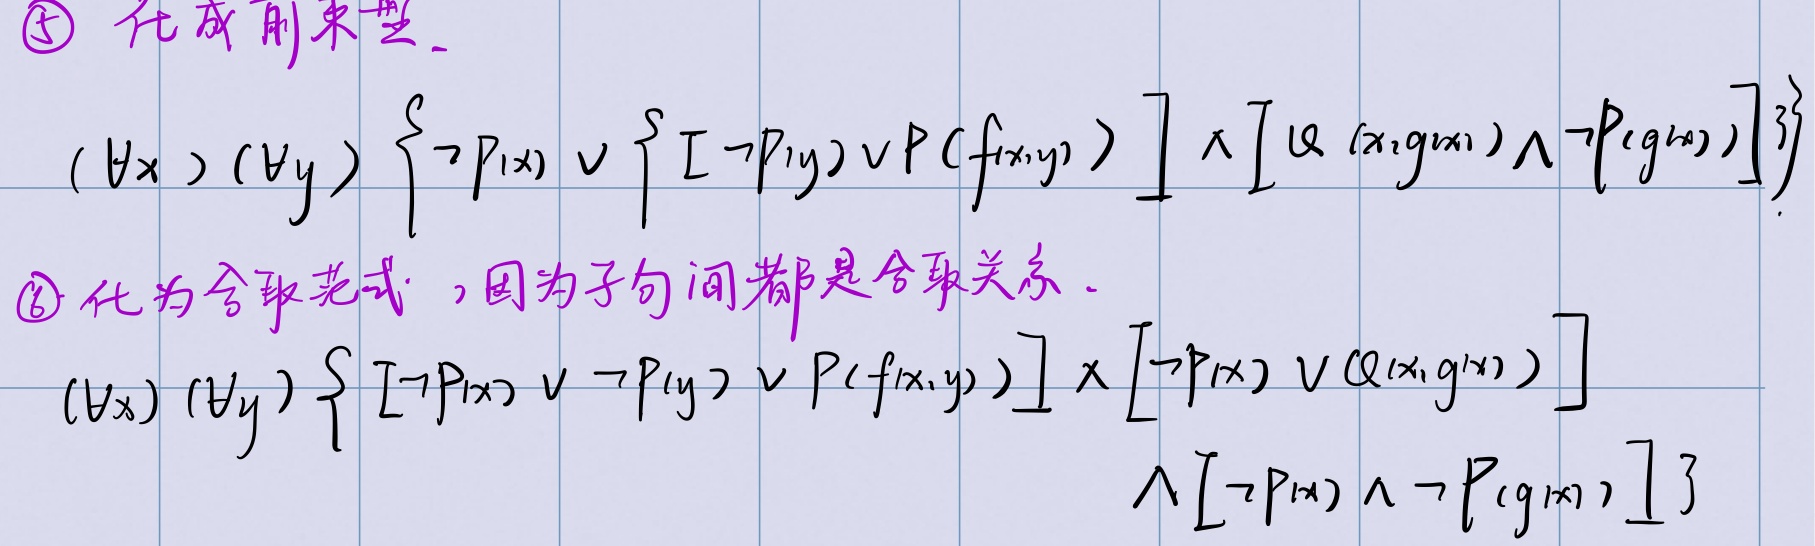
\textcircled{5} 化成前束型。
\((\forall x)(\forall y) \left\{ \neg P(x) \vee \left\{ [\neg P(y)\vee P(f(x,y))] \wedge [Q(x,g(x))\wedge\neg P(g(x))] \right\} \right\}\)

\textcircled{6} 化为合取范式，因为子句间都是合取关系。
\((\forall x)(\forall y) \left\{ [\neg P(x) \vee \neg P(y) \vee P(f(x,y))] \wedge [\neg P(x) \vee Q(x,g(x))] \wedge [\neg P(x) \wedge \neg P(g(x))] \right\}\)